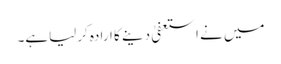
میں نے استعفیٰ دینے کا ارادہ کرلیاہے۔